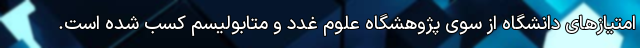
امتیازهای دانشگاه از سوی پژوهشگاه علوم غدد و متابولیسم کسب شده است.